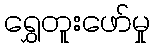
ရွှေတူးဖော်မှု